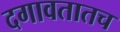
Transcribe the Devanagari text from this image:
दगावतातच